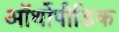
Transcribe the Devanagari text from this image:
ऑर्थोपीडिक